system: You are a helpful assistant.
user:
Analyze the provided spectrum to determine if it is a **"Cataclysmic Variables (CV)"**.

- **Key Indicators for CV (Check for either state):**
    - **State 1: Quiescent / Low-State (Emission-Dominated)**
        - **(Primary):** Strong and *very broad* Hydrogen Balmer emission lines (e.g., $H\alpha$ at 6563 Å, $H\beta$ at 4861 Å). The 'broadness' (high velocity dispersion, often FWHM > 1000 km/s) is the key diagnostic, indicating a high-velocity accretion disk.
        - **(Secondary):** Broad neutral Helium (He I) emission lines (e.g., 5876 Å, 6678 Å).
        - **(Key Confirmation):** Presence of high-excitation *ionized* Helium (He II) emission at 4686 Å. This is a strong indicator of accretion onto a white dwarf.
        - **(Line Profile):** Emission lines may exhibit a 'double-peaked' profile, which is a classic signature of a rotating accretion disk viewed at high inclination.

    - **State 2: Outburst / High-State (Absorption-Dominated)**
        - **(Primary):** Spectrum is dominated by a bright, blue continuum (looks like a hot star).
        - **(Secondary):** The emission lines from State 1 are weak, absent, or 'filled in', and are replaced by broad, shallow *absorption* lines (primarily Balmer and He I).
        - **(Morphology):** The overall spectrum mimics a hot B/A-type star. The crucial difference is that the absorption lines are significantly broader, shallower, and more 'washed-out' (or 'smeared') than the sharp lines of a normal stellar photosphere, due to high rotational speeds and pressure broadening in the disk.

Think first, call **spectral_visualization_tool** if needed to examine features in detail, then provide your final answer. Your response must adhere to the following strict rules:
1.  **Overall Structure:** Your response must follow the format `<think>...</think> <tool_call>...</tool_call> (if a tool is used) <answer>...</answer>`.
2.  **Tool Usage Constraint:** You may only make **one** tool call per turn.
3.  **Final Answer Format:** In the `<answer>` tag, your conclusion must be inside a `\boxed{}` command (e.g., `\boxed{YES}`), followed by your justification.

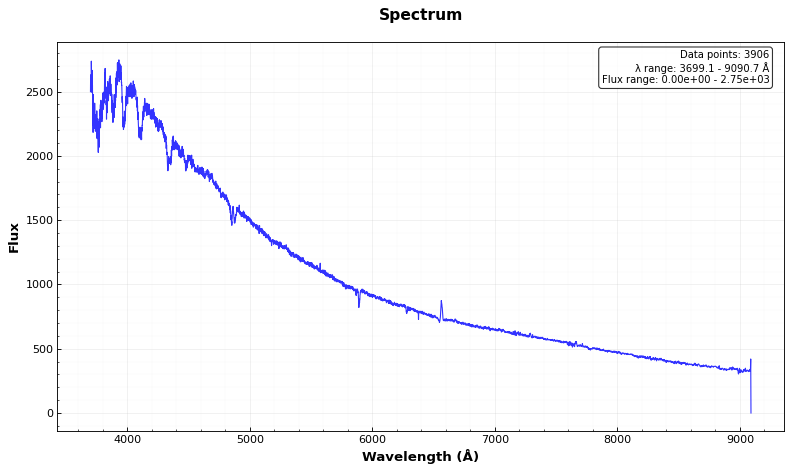
Answer: YES